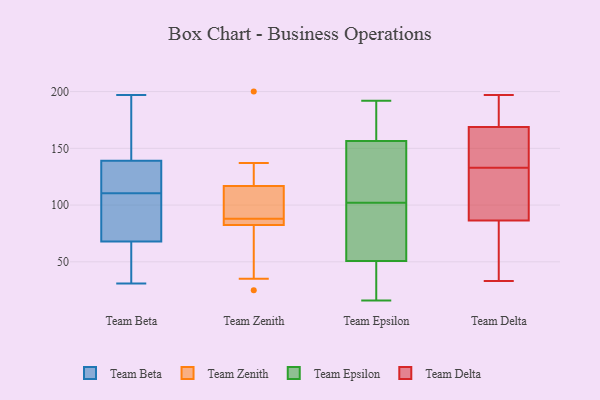
{"axis": {"x": "Backlog", "y": "Value"}, "legend": ["Team Beta", "Team Delta", "Team Epsilon", "Team Zenith"], "data": [{"x": "", "y": 109, "type": "Team Beta"}, {"x": "", "y": 159, "type": "Team Beta"}, {"x": "", "y": 96, "type": "Team Beta"}, {"x": "", "y": 121, "type": "Team Beta"}, {"x": "", "y": 84, "type": "Team Beta"}, {"x": "", "y": 68, "type": "Team Beta"}, {"x": "", "y": 162, "type": "Team Beta"}, {"x": "", "y": 197, "type": "Team Beta"}, {"x": "", "y": 139, "type": "Team Beta"}, {"x": "", "y": 162, "type": "Team Beta"}, {"x": "", "y": 134, "type": "Team Beta"}, {"x": "", "y": 93, "type": "Team Beta"}, {"x": "", "y": 31, "type": "Team Beta"}, {"x": "", "y": 42, "type": "Team Beta"}, {"x": "", "y": 49, "type": "Team Beta"}, {"x": "", "y": 41, "type": "Team Beta"}, {"x": "", "y": 112, "type": "Team Beta"}, {"x": "", "y": 134, "type": "Team Beta"}, {"x": "", "y": 82, "type": "Team Zenith"}, {"x": "", "y": 91, "type": "Team Zenith"}, {"x": "", "y": 124, "type": "Team Zenith"}, {"x": "", "y": 84, "type": "Team Zenith"}, {"x": "", "y": 25, "type": "Team Zenith"}, {"x": "", "y": 87, "type": "Team Zenith"}, {"x": "", "y": 88, "type": "Team Zenith"}, {"x": "", "y": 137, "type": "Team Zenith"}, {"x": "", "y": 35, "type": "Team Zenith"}, {"x": "", "y": 200, "type": "Team Zenith"}, {"x": "", "y": 95, "type": "Team Zenith"}, {"x": "", "y": 155, "type": "Team Epsilon"}, {"x": "", "y": 28, "type": "Team Epsilon"}, {"x": "", "y": 16, "type": "Team Epsilon"}, {"x": "", "y": 153, "type": "Team Epsilon"}, {"x": "", "y": 176, "type": "Team Epsilon"}, {"x": "", "y": 68, "type": "Team Epsilon"}, {"x": "", "y": 49, "type": "Team Epsilon"}, {"x": "", "y": 165, "type": "Team Epsilon"}, {"x": "", "y": 125, "type": "Team Epsilon"}, {"x": "", "y": 100, "type": "Team Epsilon"}, {"x": "", "y": 56, "type": "Team Epsilon"}, {"x": "", "y": 102, "type": "Team Epsilon"}, {"x": "", "y": 192, "type": "Team Epsilon"}, {"x": "", "y": 157, "type": "Team Epsilon"}, {"x": "", "y": 93, "type": "Team Epsilon"}, {"x": "", "y": 168, "type": "Team Epsilon"}, {"x": "", "y": 27, "type": "Team Epsilon"}, {"x": "", "y": 120, "type": "Team Epsilon"}, {"x": "", "y": 42, "type": "Team Epsilon"}, {"x": "", "y": 75, "type": "Team Delta"}, {"x": "", "y": 196, "type": "Team Delta"}, {"x": "", "y": 86, "type": "Team Delta"}, {"x": "", "y": 156, "type": "Team Delta"}, {"x": "", "y": 197, "type": "Team Delta"}, {"x": "", "y": 88, "type": "Team Delta"}, {"x": "", "y": 33, "type": "Team Delta"}, {"x": "", "y": 133, "type": "Team Delta"}, {"x": "", "y": 100, "type": "Team Delta"}, {"x": "", "y": 173, "type": "Team Delta"}, {"x": "", "y": 152, "type": "Team Delta"}]}